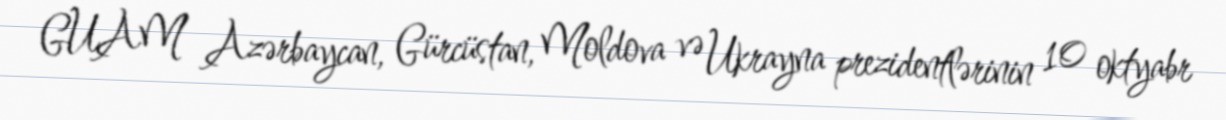
GUAM Azərbaycan, Gürcüstan, Moldova və Ukrayna prezidentlərinin 10 oktyabr